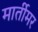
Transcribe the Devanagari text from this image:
मार्तीमर